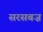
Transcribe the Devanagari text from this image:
सरसबज़